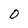
Character: 0